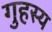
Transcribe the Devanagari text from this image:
गुहस्य